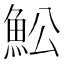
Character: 䰸